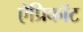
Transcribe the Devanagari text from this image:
ऐप्रिकॉट